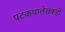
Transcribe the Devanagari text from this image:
पटकथालेखकही